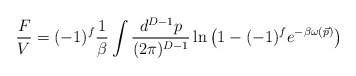
\begin{align*}\frac{F}{V}= (-1)^f\frac{1}{\beta}\int \frac{ d^{D-1}p}{(2\pi)^{D-1}} \ln\left( 1-(-1)^f e^{-\beta\omega(\vec p)}\right)\end{align*}